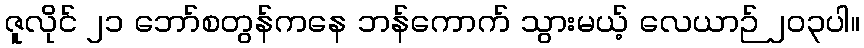
ဇူလိုင် ၂၁ ဘော်စတွန်ကနေ ဘန်ကောက် သွားမယ့် လေယာဉ် ၂၀၃ပါ။